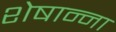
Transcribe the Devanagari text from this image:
शेषान्ना